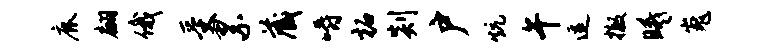
鹿翩俄受累藏嚼柘剡户炕午逗撤曦嵬